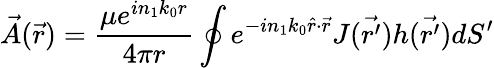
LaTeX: \vec{A}(\vec{r})=\frac{\mu e^{in_{1}k_{0}r}}{4\pi r}\oint e^{-in_{1}k_{0}\hat{r}\cdot\vec{r}}J(\vec{r^{\prime}})h(\vec{r^{\prime}})dS^{\prime}